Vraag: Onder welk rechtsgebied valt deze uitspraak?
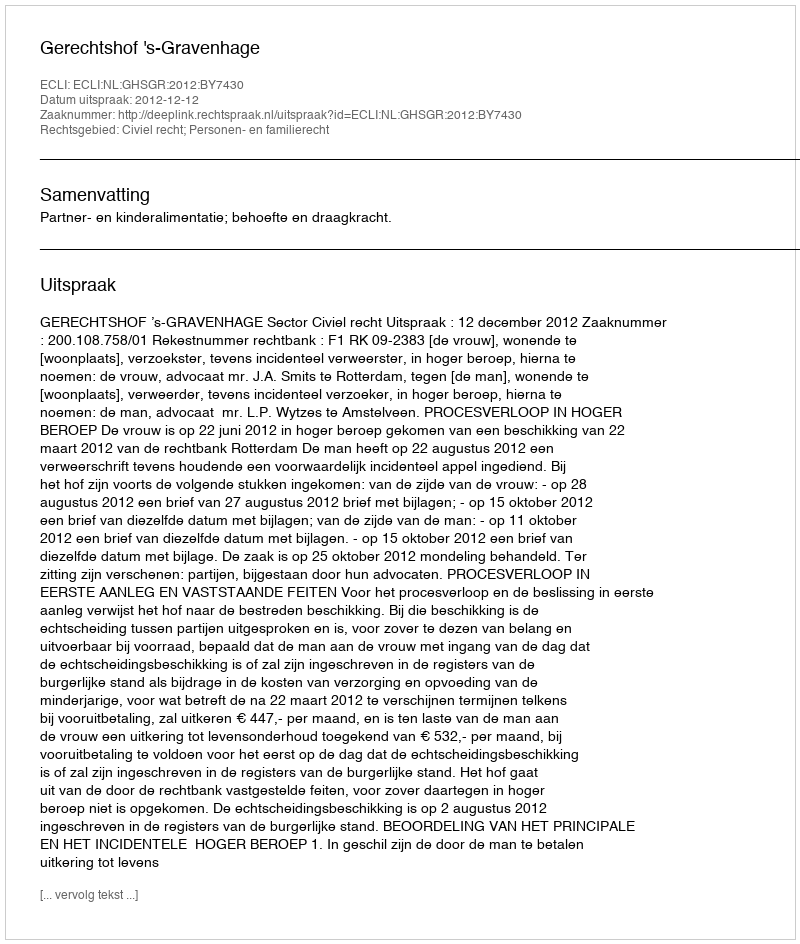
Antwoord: Civiel recht; Personen- en familierecht